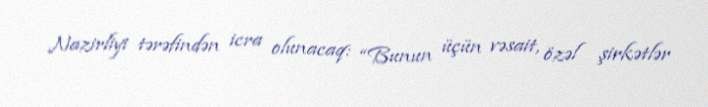
Nazirliyi tərəfindən icra olunacaq: “Bunun üçün vəsait, özəl şirkətlər